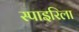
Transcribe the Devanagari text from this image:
स्पाइरिला